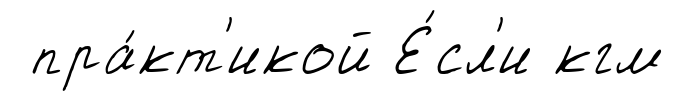
пра́кт'икой Е́сл'и кгм